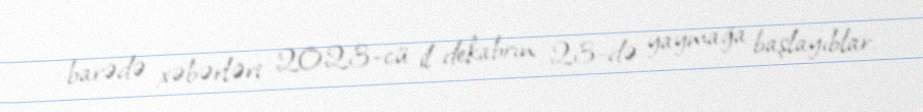
barədə xəbərləri 2023-cü il dekabrın 23-də yaymağa başlayıblar.